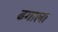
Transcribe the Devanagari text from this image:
ढगाला